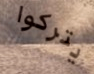
يتركوا